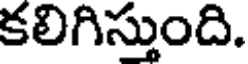
కలిగిస్తుంది.